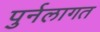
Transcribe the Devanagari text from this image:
पुर्नलागत